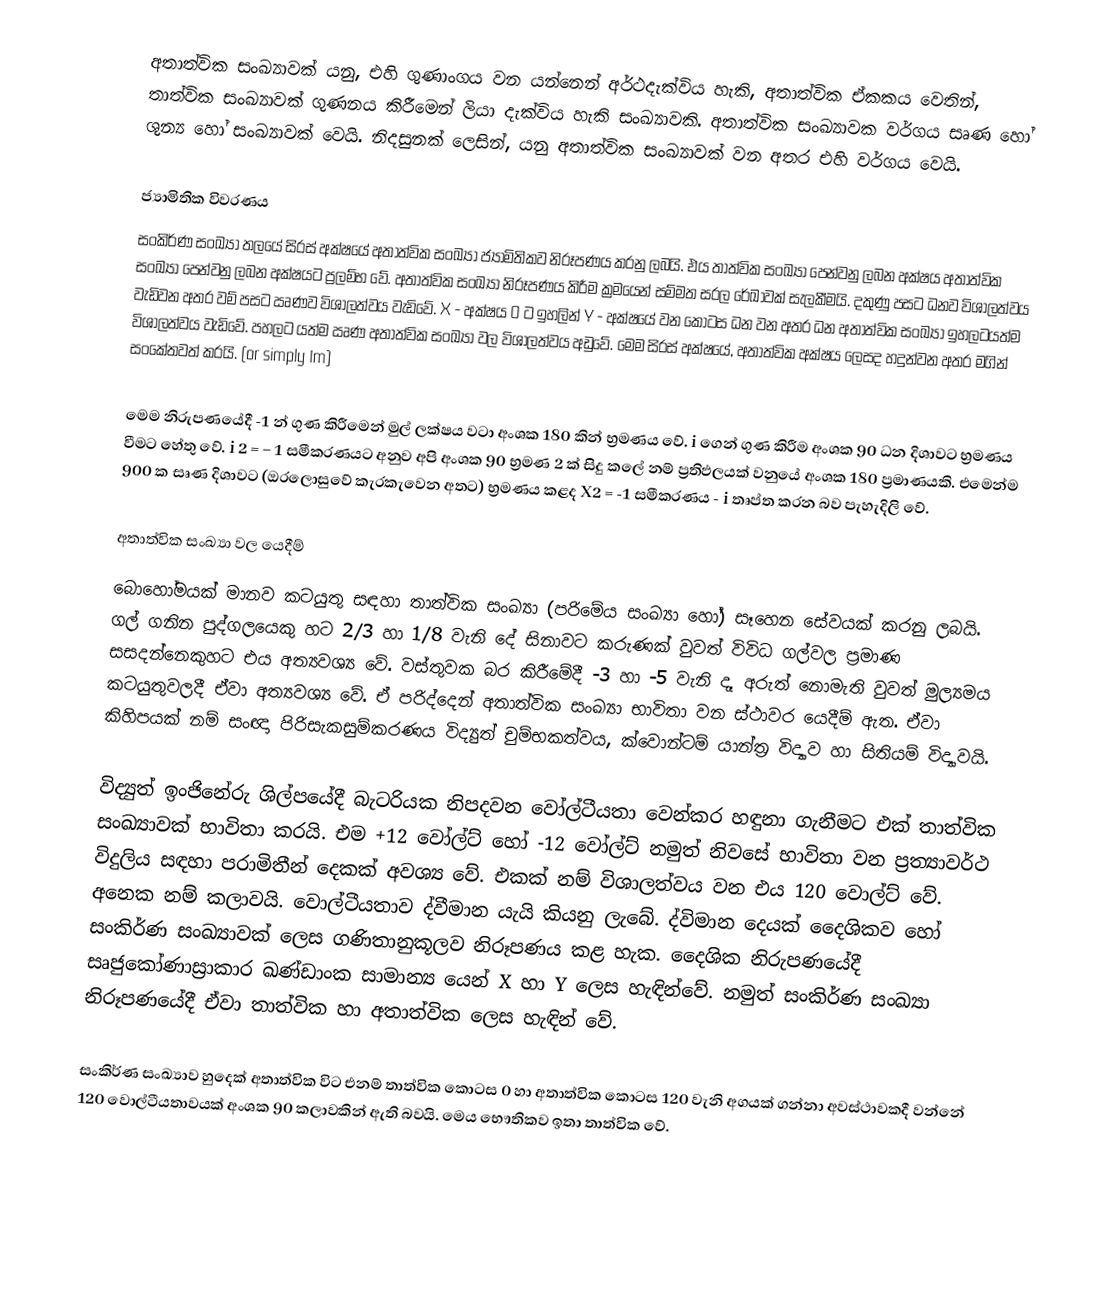
අතාත්වික සංඛ්‍යාවක් යනු, එහි ගුණාංගය වන   යන්නෙන් අර්ථදැක්විය හැකි,   අතාත්වික ඒකකය  වෙතින්,  තාත්වික සංඛ්‍යාවක් ගුණනය කිරීමෙන් ලියා දැක්විය හැකි සංඛ්‍යාවකි. අතාත්වික සංඛ්‍යාවක වර්ගය සෘණ හෝ ශුන්‍ය හෝ සංඛ්‍යාවක් වෙයි. නිදසුනක් ලෙසින්,  යනු අතාත්වික සංඛ්‍යාවක් වන අතර එහි වර්ගය  වෙයි.

ජ්‍යාමිතික විවරණය
සංකිර්ණ සංඛ්‍යා තලයේ සිරස්  අක්ෂයේ අතාත්වික සංඛ්‍යා ජ්‍යාමිතිකව නිරූපණය කරනු ලබයි. එය තාත්වික සංඛ්‍යා පෙන්වනු ලබන අක්ෂය අතාත්වික සංඛ්‍යා පෙන්වනු ලබන අක්ෂයට ප්‍රලම්භ වේ. අතාත්වික සංඛ්‍යා නිරූපණය කිරීම ක්‍රමයෙන් සම්මත සරල රේඛාවක් සැලකීමයි. දකුණු පසට ධනව විශාලත්වය වැඩිවන අතර වම් පසට ඍණව විශාලත්වය වැඩිවේ. X - අක්ෂය  0 ට ඉහලින් Y - අක්ෂයේ වන කොටස ධන වන අතර ධන අතාත්වික සංඛ්‍යා ඉහලටයත්ම  විශාලත්වය වැඩිවේ. පහලට යත්ම  ඍණ අතාත්වික සංඛ්‍යා වල  විශාලත්වය අඩුවේ. මෙම සිරස් අක්ෂයේ, අතාත්වික අක්ෂය ලෙසද හදුන්වන අතර  මගින් සංකේතවත් කරයි. (or simply Im)

මෙම නිරුපණයේදී -1 න් ගුණ කිරීමෙන් මුල් ලක්ෂය වටා අංශක 180 කින් භ්‍රමණය වේ.  i ගෙන් ගුණ කිරීම අංශක 90 ධන දිශාවට භ්‍රමණය වීමට හේතු වේ. i 2  = − 1  සමීකරණයට අනුව අපි අංශක 90 භ්‍රමණ 2 ක් සිදු කලේ නම් ප්‍රතිඵලයක් වනුයේ අංශක 180 ප්‍රමාණයකි. එමෙන්ම 900 ක සෘණ දිශාවට (ඔරලොසුවේ කැරකැවෙන අතට) භ්‍රමණය කළද X2 = -1 සමීකරණය   - i  තෘප්ත කරන බව පැහැදිලි වේ.

අතාත්වික සංඛ්‍යා වල යෙදීම්
බොහෝමයක් මානව කටයුතු සඳහා තාත්වික සංඛ්‍යා (පරිමේය සංඛ්‍යා හෝ) සෑහෙන සේවයක් කරනු ලබයි. ගල් ගනින පුද්ගලයෙකු හට 2/3 හා 1/8 වැනි දේ සිනාවට කරුණක් වුවත් විවිධ ගල්වල ප්‍රමාණ සසදන්නෙකුහට එය අත්‍යවශ්‍ය වේ. වස්තුවක බර කිරීමේදී -3 හා -5 වැනි දෑ අරුත් නොමැති වුවත් මුල්‍යමය කටයුතුවලදී ඒවා අත්‍යවශ්‍ය වේ. ඒ පරිද්දෙන් අතාත්වික සංඛ්‍යා භාවිතා වන ස්ථාවර යෙදීම් ඇත. ඒවා කිහිපයක් නම් සංඥා පිරිසැකසුම්කරණය විද්‍යුත් චුම්භකත්වය, ක්වොන්ටම් යාන්ත්‍ර විද්‍යාව හා සිතියම් විද්‍යාවයි.

විද්‍යුත් ඉංජිනේරු ශිල්පයේදී බැටරියක නිපදවන වෝල්ටීයතා වෙන්කර හඳුනා ගැනීමට එක් තාත්වික සංඛ්‍යාවක් භාවිතා කරයි. එම +12 වෝල්ට් හෝ -12 වෝල්ට් නමුත් නිවසේ භාවිතා වන ප්‍රත්‍යාවර්ථ විදුලිය සඳහා පරාමිතීන් දෙකක් අවශ්‍ය වේ. එකක් නම් විශාලත්වය වන එය 120 වොල්ට්  වේ. අනෙක නම් කලාවයි. වොල්ටීයතාව ද්වීමාන යැයි කියනු ලැබේ. ද්විමාන දෙයක් දෛශිකව හෝ සංකිර්ණ සංඛ්‍යාවක් ලෙස ගණිතානුකූලව නිරූපණය කළ හැක. දෛශික නිරුපණයේදී සෘජුකෝණාස්‍රාකාර ඛණ්ඩාංක සාමාන්‍ය යෙන්  X හා Y ලෙස හැඳින්වේ. නමුත් සංකිර්ණ සංඛ්‍යා නිරූපණයේදී ඒවා තාත්වික හා අතාත්වික ලෙස හැඳින් වේ.

සංකිර්ණ සංඛ්‍යාව හුදෙක් අතාත්වික විට එනම් තාත්වික කොටස 0 හා අතාත්වික කොටස 120 වැනි අගයක් ගන්නා අවස්ථාවකදී  වන්නේ 120 වොල්ටීයතාවයක් අංශක 90 කලාවකින් ඇති බවයි. මෙය භෞතිකව ඉතා තාත්වික වේ.